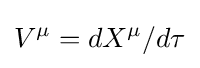
V^{\mu }=dX^{\mu }/d\tau